DOW-UAP-D65, Mission Report, Persian Gulf, July 2020
Agency: Department of War
Incident date: 7/16/20
Incident location: Persian Gulf
Page 5
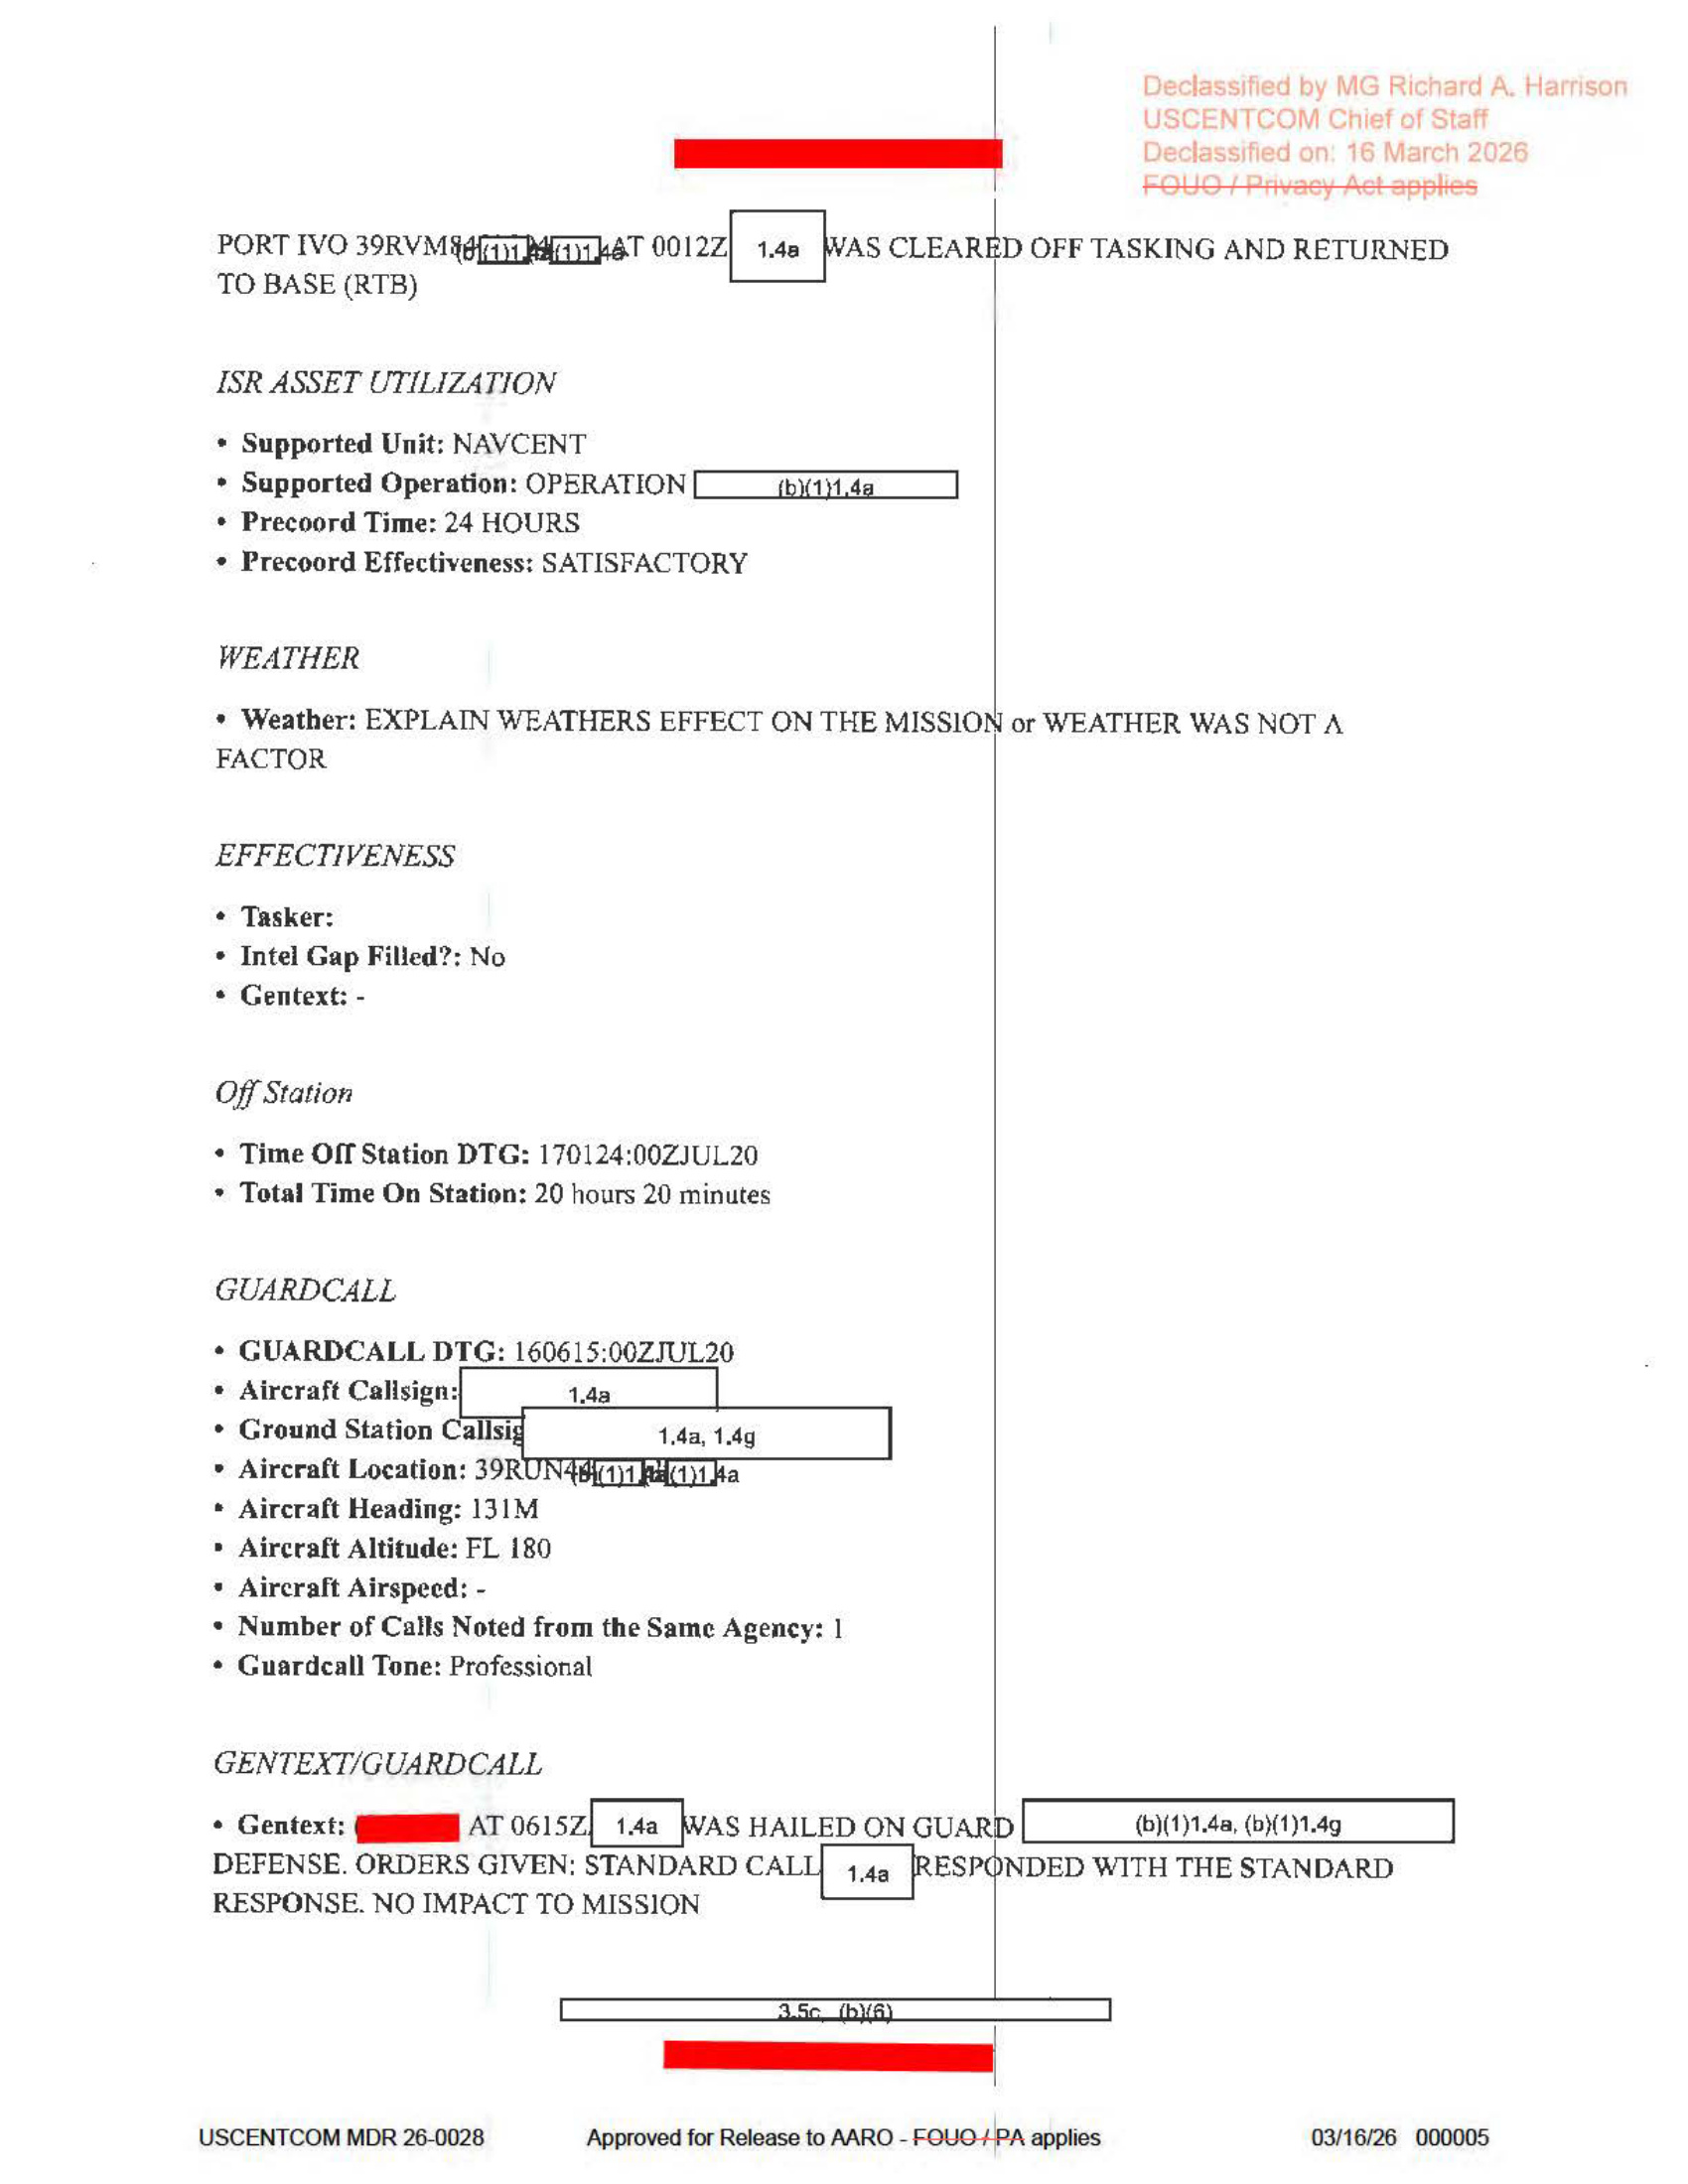